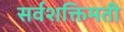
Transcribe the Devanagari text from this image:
सर्वशक्तिमती